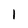
Character: 1